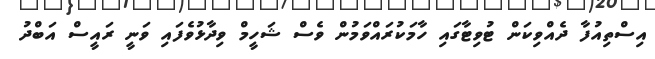
އިސްތިއުފާ ދެއްވިކަން ޓުވިޓާގައި ހާމަކުރައްވަމުން ވެސް ޝަހީމް ވިދާޅުވެފައި ވަނީ ރައީސް އަބްދު